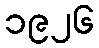
၁၉၂၆